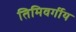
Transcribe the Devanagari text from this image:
तिमिवर्गीय